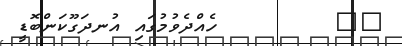
٢٧        ހެއްދެވުމުގައި އުނދަގޫކަންބޮޑީ